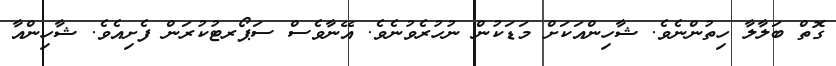
ގޮތް ބަލާލާ ހިތުންނެވެ. ޝާހިންއަކަށް މަޑަކުން ނުހުރެވުނެވެ. އޭނާވެސް ސަޕޯރޓުކުރަން ފެށިއެވެ. ޝާހިންއާ